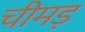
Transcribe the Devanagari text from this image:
चीमड़